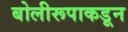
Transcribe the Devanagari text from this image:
बोलीरूपाकडून